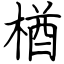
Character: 楢